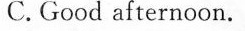
C. Good afternoon.